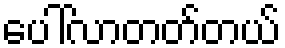
ပေါ်လာတတ်တယ်